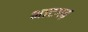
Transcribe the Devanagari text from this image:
भाटगढ़